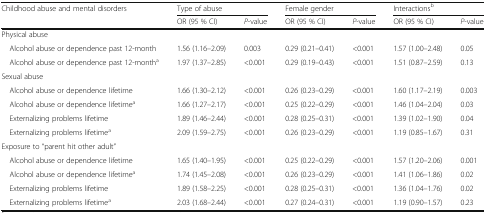
<table><thead><tr><td rowspan="2"><b>Childhood abuse and mental disorders</b></td><td colspan="2"><b>Type of abuse</b></td><td colspan="2"><b>Female gender</b></td><td colspan="2"><b>Interactions<sup>b</sup></b></td></tr><tr><td><b>OR (95 % CI)</b></td><td><b><i>P</i>-value</b></td><td><b>OR (95 % CI)</b></td><td><b><i>P</i>-value</b></td><td><b>OR (95 % CI)</b></td><td><b><i>P</i>-value</b></td></tr></thead><tbody><tr><td colspan="7">Physical abuse</td></tr><tr><td> Alcohol abuse or dependence past 12-month</td><td>1.56 (1.16–2.09)</td><td>0.003</td><td>0.29 (0.21–0.41)</td><td>&lt;0.001</td><td>1.57 (1.00–2.48)</td><td>0.05</td></tr><tr><td> Alcohol abuse or dependence past 12-month<sup>a</sup></td><td>1.97 (1.37–2.85)</td><td>&lt;0.001</td><td>0.29 (0.19–0.43)</td><td>&lt;0.001</td><td>1.51 (0.87–2.59)</td><td>0.13</td></tr><tr><td colspan="7">Sexual abuse</td></tr><tr><td> Alcohol abuse or dependence lifetime</td><td>1.66 (1.30–2.12)</td><td>&lt;0.001</td><td>0.26 (0.23–0.29)</td><td>&lt;0.001</td><td>1.60 (1.17–2.19)</td><td>0.003</td></tr><tr><td> Alcohol abuse or dependence lifetime<sup>a</sup></td><td>1.66 (1.27–2.17)</td><td>&lt;0.001</td><td>0.25 (0.22–0.29)</td><td>&lt;0.001</td><td>1.46 (1.04–2.04)</td><td>0.03</td></tr><tr><td> Externalizing problems lifetime</td><td>1.89 (1.46–2.44)</td><td>&lt;0.001</td><td>0.28 (0.25–0.31)</td><td>&lt;0.001</td><td>1.39 (1.02–1.90)</td><td>0.04</td></tr><tr><td> Externalizing problems lifetime<sup>a</sup></td><td>2.09 (1.59–2.75)</td><td>&lt;0.001</td><td>0.26 (0.23–0.29)</td><td>&lt;0.001</td><td>1.19 (0.85–1.67)</td><td>0.31</td></tr><tr><td colspan="7">Exposure to “parent hit other adult”</td></tr><tr><td> Alcohol abuse or dependence lifetime</td><td>1.65 (1.40–1.95)</td><td>&lt;0.001</td><td>0.25 (0.22–0.29)</td><td>&lt;0.001</td><td>1.57 (1.20–2.06)</td><td>0.001</td></tr><tr><td> Alcohol abuse or dependence lifetime<sup>a</sup></td><td>1.74 (1.45–2.08)</td><td>&lt;0.001</td><td>0.26 (0.23–0.29)</td><td>&lt;0.001</td><td>1.41 (1.06–1.86)</td><td>0.02</td></tr><tr><td> Externalizing problems lifetime</td><td>1.89 (1.58–2.25)</td><td>&lt;0.001</td><td>0.28 (0.25–0.31)</td><td>&lt;0.001</td><td>1.36 (1.04–1.76)</td><td>0.02</td></tr><tr><td> Externalizing problems lifetime<sup>a</sup></td><td>2.03 (1.68–2.44)</td><td>&lt;0.001</td><td>0.27 (0.24–0.31)</td><td>&lt;0.001</td><td>1.19 (0.90–1.57)</td><td>0.23</td></tr></tbody></table>